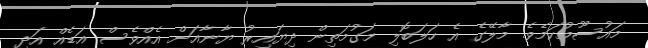
މައުސޫމުކަމެވެ. މާލޭގެ އެ ހަލަބޮލި މަގުމަތިން ދިޔައިރު ޔާނާއަށް އެއްވެސް އަޑެއް އަދި